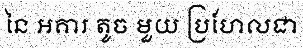
នៃ អគារ តូច មួយ ប្រហែលជា